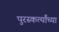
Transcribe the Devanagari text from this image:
पुरस्कर्त्यांच्या